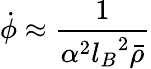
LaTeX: \dot{\phi}\approx{\frac{1}{\alpha^{2}{l_{B}}^{2}\bar{\rho}}}